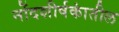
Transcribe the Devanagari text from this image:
नोंदशीर्षकांतील